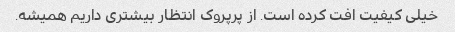
خیلی کیفیت افت کرده است. از پرپروک انتظار بیشتری داریم همیشه.